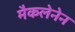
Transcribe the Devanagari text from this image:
मैकलेनेन